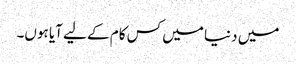
میں دنیا میں کس کام کے لیے آیا ہوں۔